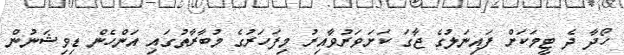
ހޯދާ ދެ ޓީމަކަށް ފައިނަލުގެ ޖާގަ ކަށަވަރުވާއިރު މިފަހަރުގެ މުބާރާތުގައި އަންހެން ޑިވިޝަނުން